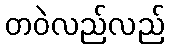
တဝဲလည်လည်